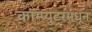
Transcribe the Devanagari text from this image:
कॉम्प्युटरमधून